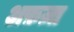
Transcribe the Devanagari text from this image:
अफ़ज़ा